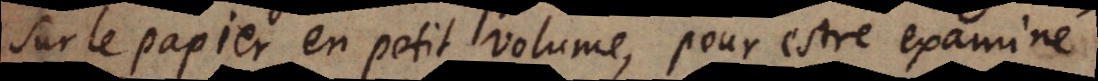
sur le papier en petit volume, pour estre examiné